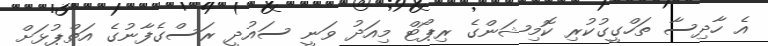
އެ ހާދިސާ ތަހްގީގުކުރި ކޮމިޝަންގެ ރިޕޯޓް މިއަދު ވަނީ ސައުދީ ރަސްގެފާނުގެ އަތްޕުޅަށް